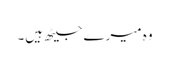
وہ میرے جیٹھ ہیں۔